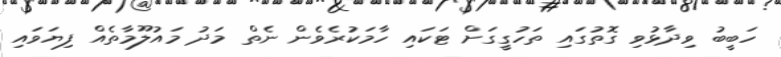
ހަބީބު ވިދާޅުވި ގޮތުގައި ތަހުގީގަށް ޓަކައި ހާމަކުރެވެން ނެތް މަދު މައުލޫމާތެއް ފިޔަވައި